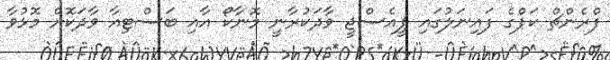
ފްރެންޗް ކަޕްގެ ފައިނަލުގައި ޕީއެސްޖީ ވާދަކުރާނީ މޮނާކޯ އާއި ބަސްޓިއާ ވާދަކޮށް މޮޅުވާ